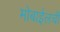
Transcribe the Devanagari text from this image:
मोबाईलची